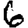
Digit: 6